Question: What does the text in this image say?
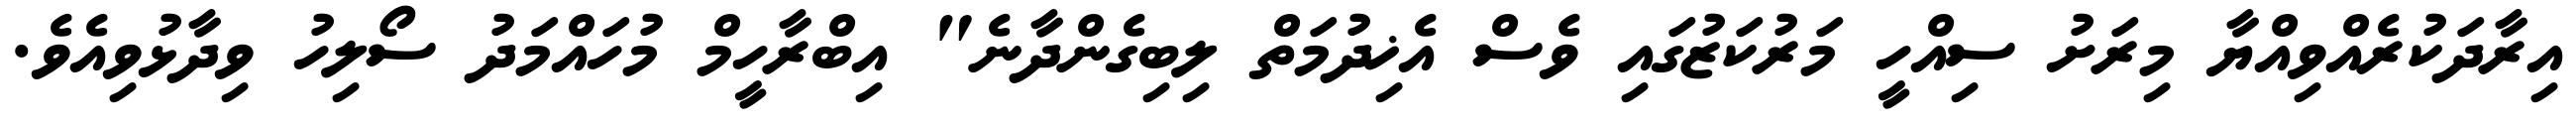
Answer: އިރާދަކުރެއްވިއްޔާ މިރަށު ސިއްހީ މަރުކަޒުގައި ވެސް އެޚިދުމަތް ލިބިގެންދާނެ" އިބްރާހީމް މުހައްމަދު ސޯލިހު ވިދާޅުވިއެވެ.